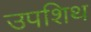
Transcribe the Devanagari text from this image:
उपशिथ